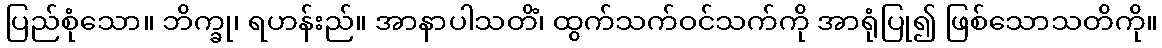
ပြည်စုံသော။ ဘိက္ခု၊ ရဟန်းည်။ အာနာပါသတိံ၊ ထွက်သက်ဝင်သက်ကို အာရုံပြု၍ ဖြစ်သောသတိကို။